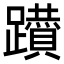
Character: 𨇇